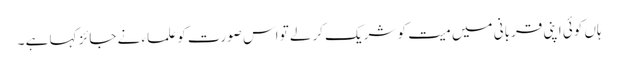
ہاں کوئی اپنی قربانی میں میت کو شریک کرلے تو اس صورت کو علماء نے جائز کہا ہے ۔